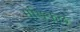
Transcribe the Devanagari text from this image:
मेङिकल